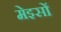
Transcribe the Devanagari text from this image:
मेइसों